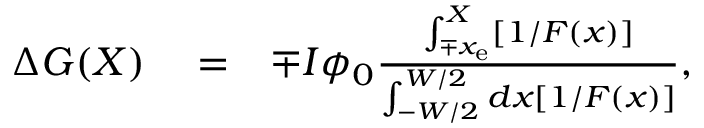
\begin{array} { r l r } { \Delta G ( X ) } & { { } = } & { \mp I \phi _ { 0 } \frac { \int _ { \mp x _ { \mathrm { e } } } ^ { X } [ 1 / F ( x ) ] } { \int _ { - W / 2 } ^ { W / 2 } d x [ 1 / F ( x ) ] } , } \end{array}